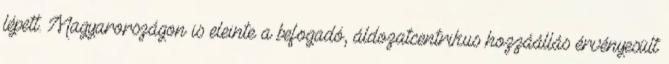
lépett. Magyarországon is eleinte a befogadó, áldozatcentrikus hozzáállás érvényesült